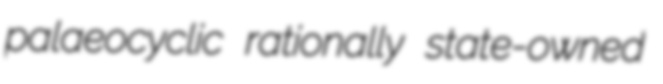
palaeocyclic rationally state-owned